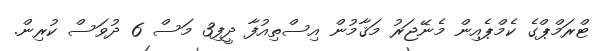
ޓްރަމްޕްގެ ކެމްޕެއިން މެނޭޖަރު މަޤާމުން އިސްތިއުފާ ދީފި3 މަސް 6 ދުވަސް ކުރިން.